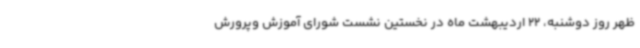
ظهر روز دوشنبه، 22 اردیبهشت ماه در نخستین نشست شورای آموزش وپرورش